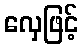
လှေဖြင့်